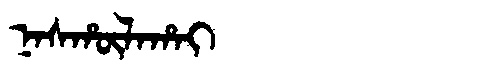
Manchu: ᠨᠠᠰᡥᡡᠯᠠᡥᠠᡳ
Romanization: NASHŪLAHAI